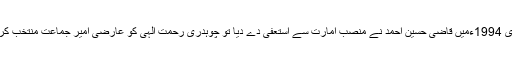
جنوری 1994ءمیں قاضی حسین احمد نے منصب امارت سے استعفیٰ دے دیا تو چوہدری رحمت الٰہی کو عارضی امیر جماعت منتخب کرلیاگیا۔